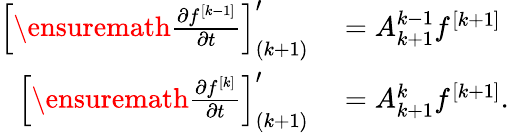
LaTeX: \begin{array}{rl}{\left[\ensuremath{\frac{\partial f^{[k-1]}}{\partial t}}\right]_{(k+1)}^{\prime}}&{{}=A_{k+1}^{k-1}f^{[k+1]}}\\ {\left[\ensuremath{\frac{\partial f^{[k]}}{\partial t}}\right]_{(k+1)}^{\prime}}&{{}=A_{k+1}^{k}f^{[k+1]}.}\end{array}